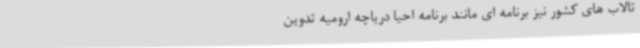
تالاب های کشور نیز برنامه ای مانند برنامه احیا دریاچه ارومیه تدوین